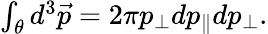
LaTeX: \begin{array}{r}{\int_{\theta}d^{3}\vec{p}=2\pi p_{\perp}dp_{\parallel}dp_{\perp}.}\end{array}